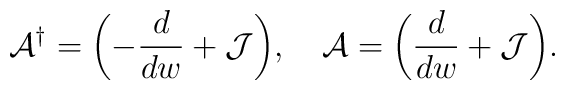
{\cal A}^{\dagger} = \biggl( - \frac{d}{dw} + {\cal J} \biggr), \,\,\,\,\,\,{\cal A} = \biggl( \frac{d}{dw} + {\cal J} \biggr).